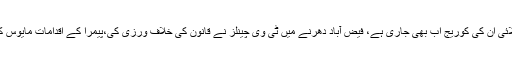
جن لوگوں نے تباہی پھیلائی ان کی کوریج اب بھی جاری ہے، فیض آباد دھرنے میں ٹی وی چینلز نے قانون کی خلاف ورزی کی،پیمرا کے اقدامات مایوس کن اور محض دکھاوا ہیں۔